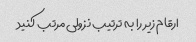
ارقام زیر را به ترتیب نزولی مرتب کنید